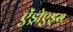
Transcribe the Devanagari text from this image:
ऐंड्रोएड्स